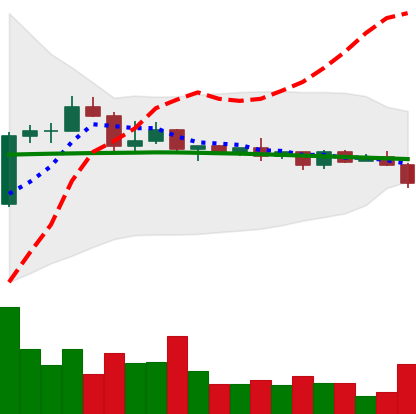
Ticker: BNB-USD
Chart end date: 2022-12-12
Forward return: -12.216%
Label: down_7plus